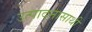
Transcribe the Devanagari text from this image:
उत्पादनासाथी